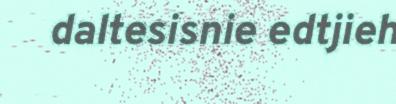
daltesisnie edtjieh